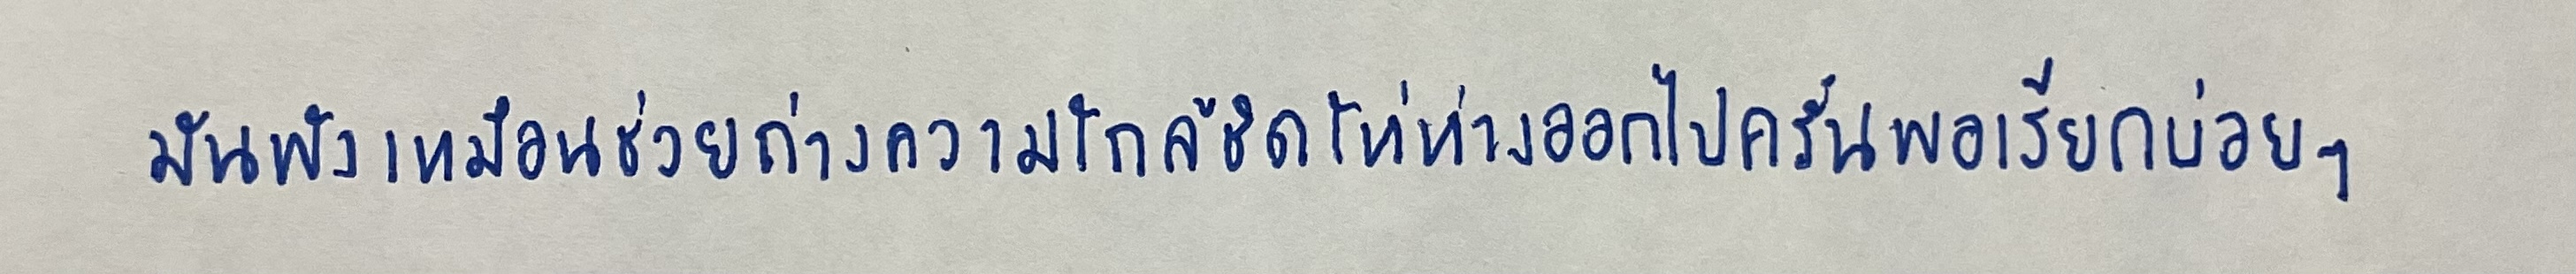
มันฟังเหมือนช่วยถ่างความใกล้ชิดให้ห่างออกไปครั้นพอเรียกบ่อยๆ